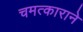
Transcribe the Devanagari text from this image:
चमत्काराने